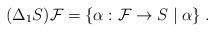
LaTeX: \begin{align*}(\Delta_1 S)\mathcal{F} & = \{\alpha: \mathcal{F} \to S \;|\; \alpha \}\;.\end{align*}